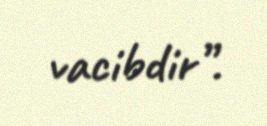
vacibdir”.